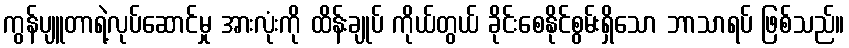
ကွန်ပျူတာရဲ့လုပ်ဆောင်မှု အားလုံးကို ထိန်းချုပ် ကိုယ်တွယ် ခိုင်းစေနိုင်စွမ်းရှိသော ဘာသာရပ် ဖြစ်သည်။